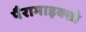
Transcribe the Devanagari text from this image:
पैरामाइक्सो